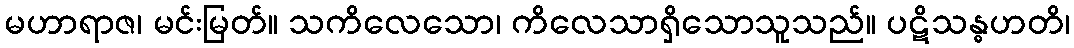
မဟာရာဇ၊ မင်းမြတ်။ သကိလေသော၊ ကိလေသာရှိသောသူသည်။ ပဋိသန္ဓဟတိ၊